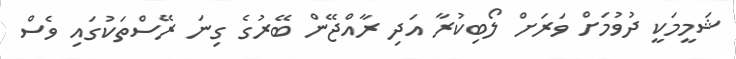
ޝަމީމަކީ ދުވުމަށް ވަރަށް ލޯބިކުރާ އަދި ރާއްޖޭން ބޭރުގެ ގިނަ ރޭސްތަކުގައި ވެސް